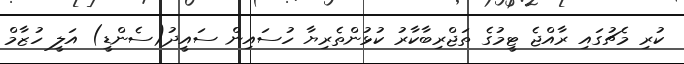
ކުރި މެޗުގައި ރާއްޖެ ޓީމުގެ ތަޖްރިބާކާރު ކުޅުންތެރިޔާ ހުސައިން ސައީދު(ސެންޑީ) އަލީ ހުޒާމް